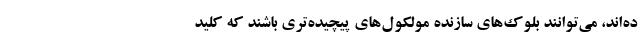
ده‌اند، می‌توانند بلوک‌های سازنده مولکول‌های پیچیده‌تری باشند که کلید